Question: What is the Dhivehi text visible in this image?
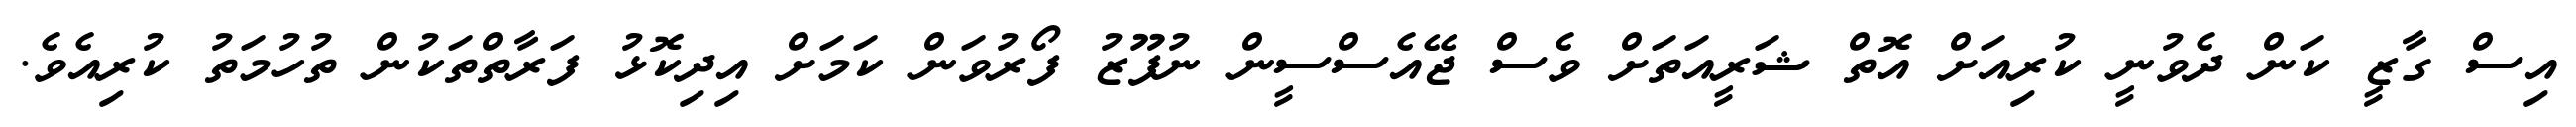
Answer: އިސް ގާޒީ ކަން ދެވުނީ ކުރިއަށް އޮތް ޝަރީއަތަށް ވެސް ޖޭއެސްސީން ނުފޫޒު ފޯރުވަން ކަމަށް އިދިކޮޅު ފަރާތްތަކުން ތުހުމަތު ކުރިއެވެ.